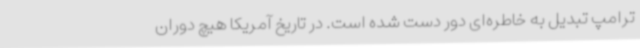
ترامپ تبدیل به خاطره‌ای دور دست شده است. در تاریخ آمریکا هیچ دوران